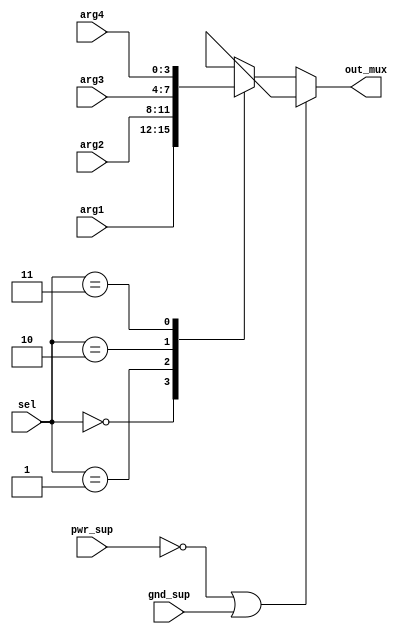
`timescale 1ns/1ns

`celldefine
module mux_cell (
	input [3:0] arg1,arg2,arg3,arg4, 
	input [1:0] sel, 
	output [3:0] out_mux,
	(* pg_type = "primary_power" *) input pwr_sup,
	(* pg_type = "primary_ground" *) input gnd_sup);

	reg [3:0] out_inter;

	always @ (sel,arg1,arg2,arg3,arg4)
	begin
		case (sel)
			3'b00:
			        out_inter = arg1;
			3'b01:
				out_inter = arg2;
			3'b10:
				out_inter = arg3;
			3'b11:
				out_inter = arg4;
			default : 
				out_inter = arg1;
		endcase
	end

	assign out_mux	=	(~pwr_sup | gnd_sup) 	? 4'bxxxx :  out_inter;

endmodule
`endcelldefine